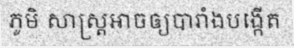
ភូមិ សាស្ត្រអាចឲ្យបារាំងបង្កើត